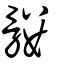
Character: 髏